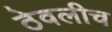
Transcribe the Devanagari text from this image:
ठेवलीच